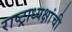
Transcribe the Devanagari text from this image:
राष्ट्राध्यक्षांची